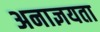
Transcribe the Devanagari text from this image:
अनाज्ञयता